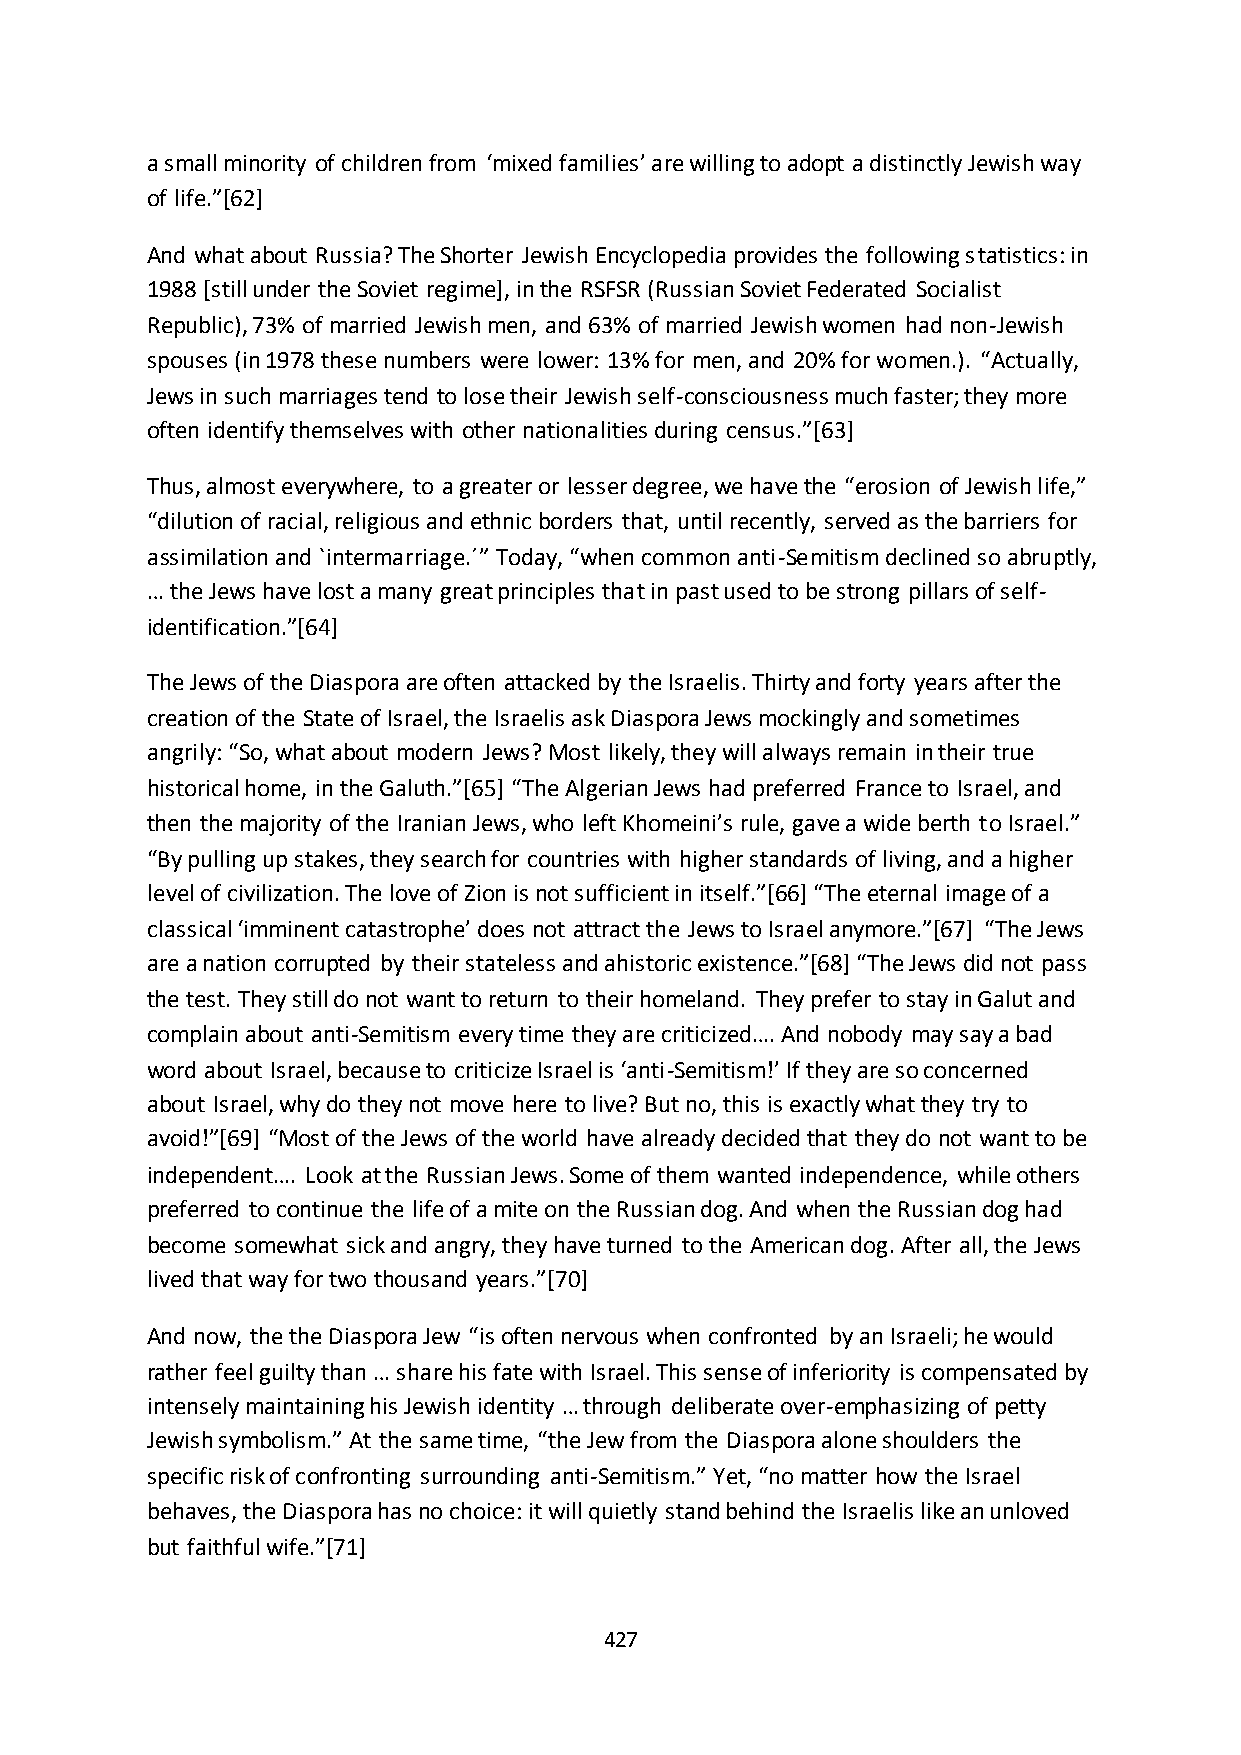
a small minority of children from ‘mixed families’ are willing to adopt a distinctly Jewish way
 of life.”*62+
 And what about Russia? The Shorter Jewish Encyclopedia provides the following statistics: in
 1988 [still under the Soviet regime], in the RSFSR (Russian Soviet Federated Socialist
 Republic), 73% of married Jewish men, and 63% of married Jewish women had non-Jewish
 spouses (in 1978 these numbers were lower: 13% for men, and 20% for women.). “Actually,
 Jews in such marriages tend to lose their Jewish self-consciousness much faster; they more
 often identify themselves with other nationalities during census.”*63+
 Thus, almost everywhere, to a greater or lesser degree, we have the “erosion of Jewish life,”
 “dilution of racial, religious and ethnic borders that, until recently, served as the barriers for
 assimilation and `intermarriage.´” Today, “when common anti-Semitism declined so abruptly,
 … the Jews have lost a many great principles that in past used to be strong pillars of self-
 identification.”*64+
 The Jews of the Diaspora are often attacked by the Israelis. Thirty and forty years after the
 creation of the State of Israel, the Israelis ask Diaspora Jews mockingly and sometimes
 angrily: “So, what about modern Jews? Most likely, they will always remain in their true
 historical home, in the Galuth.”*65+ “The Algerian Jews had preferred France to Israel, and
 then the majority of the Iranian Jews, who left Khomeini’s rule, gave a wide berth to Israel.”
 “By pulling up stakes, they search for countries with higher standards of living, and a higher
 level of civilization. The love of Zion is not sufficient in itself.”*66+ “The eternal image of a
 classical ‘imminent catastrophe’ does not attract the Jews to Israel anymore.”*67+ “The Jews
 are a nation corrupted by their stateless and ahistoric existence.”*68+ “The Jews did not pass
 the test. They still do not want to return to their homeland. They prefer to stay in Galut and
 complain about anti-Semitism every time they are criticized…. And nobody may say a bad
 word about Israel, because to criticize Israel is ‘anti-Semitism!’ If they are so concerned
 about Israel, why do they not move here to live? But no, this is exactly what they try to
 avoid!”*69+ “Most of the Jews of the world have already decided that they do not want to be
 independent…. Look at the Russian Jews. Some of them wanted independence, while others
 preferred to continue the life of a mite on the Russian dog. And when the Russian dog had
 become somewhat sick and angry, they have turned to the American dog. After all, the Jews
 lived that way for two thousand years.”*70+
 And now, the the Diaspora Jew “is often nervous when confronted by an Israeli; he would
 rather feel guilty than … share his fate with Israel. This sense of inferiority is compensated by
 intensely maintaining his Jewish identity … through deliberate over-emphasizing of petty
 Jewish symbolism.” At the same time, “the Jew from the Diaspora alone shoulders the
 specific risk of confronting surrounding anti-Semitism.” Yet, “no matter how the Israel
 behaves, the Diaspora has no choice: it will quietly stand behind the Israelis like an unloved
 but faithful wife.”*71+
 427